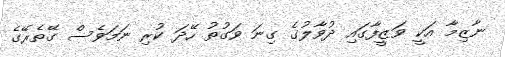
ނާޒިމާ އަކީ ވަޒީފާގައި ދުވާލުގެ ގިނަ ވަގުތު ހޭދަ ކުރި ނަމަވެސް ގޭތެރޭގެ